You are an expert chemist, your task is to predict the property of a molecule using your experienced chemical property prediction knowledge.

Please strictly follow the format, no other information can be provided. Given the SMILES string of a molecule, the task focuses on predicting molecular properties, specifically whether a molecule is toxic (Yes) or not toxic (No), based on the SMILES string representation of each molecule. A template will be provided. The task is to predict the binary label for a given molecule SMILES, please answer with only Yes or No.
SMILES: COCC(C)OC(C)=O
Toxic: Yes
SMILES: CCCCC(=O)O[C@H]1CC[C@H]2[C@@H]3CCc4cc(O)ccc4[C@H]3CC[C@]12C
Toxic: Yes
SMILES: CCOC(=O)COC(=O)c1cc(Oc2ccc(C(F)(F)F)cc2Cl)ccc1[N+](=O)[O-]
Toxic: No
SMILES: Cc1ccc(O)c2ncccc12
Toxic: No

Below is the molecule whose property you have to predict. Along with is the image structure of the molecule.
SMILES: C=C(C)C(=O)OCCCCCCCCCCCCCCCCCC
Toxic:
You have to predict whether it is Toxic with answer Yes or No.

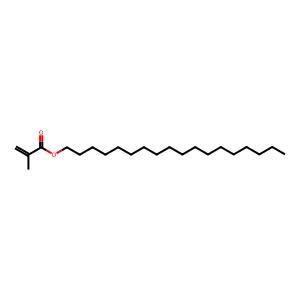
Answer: No